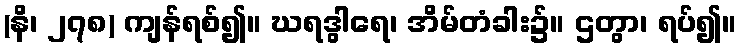
(နိ၊ ၂၇၈) ကျန်ရစ်၍။ ဃရဒွါရေ၊ အိမ်တံခါး၌။ ဌတွာ၊ ရပ်၍။